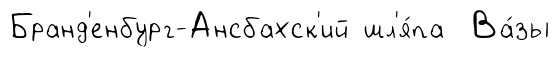
Бранд'енбург-Ансбахск'ий шл'я́па Ва́зы